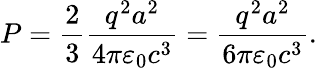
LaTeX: P={\frac{2}{3}}{\frac{q^{2}a^{2}}{4\pi\varepsilon_{0}c^{3}}}={\frac{q^{2}a^{2}}{6\pi\varepsilon_{0}c^{3}}}.